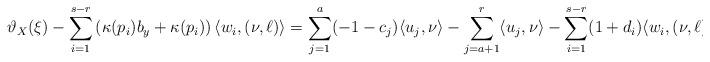
LaTeX: \begin{align*}\vartheta_X(\xi) -\sum_{i=1}^{s-r} \left( \kappa(p_i) b_y + \kappa(p_i) \right) \langle w_i , (\nu,\ell) \rangle &= \sum_{j=1}^a (-1-c_j) \langle u_j,\nu \rangle - \sum_{j=a+1}^r \langle u_j,\nu \rangle - \sum_{i=1}^{s-r} (1+d_i) \langle w_i , (\nu,\ell) \rangle.\end{align*}